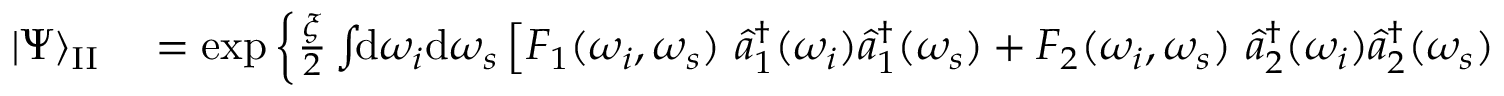
\begin{array} { r l } { | \Psi \rangle _ { \mathrm { I I } } } & { { } = \exp \left\{ \frac { \xi } { 2 } \int \! \! \mathrm { d } \omega _ { i } \mathrm { d } \omega _ { s } \left[ F _ { 1 } ( \omega _ { i } , \omega _ { s } ) \, \, \hat { a } _ { 1 } ^ { \dagger } ( \omega _ { i } ) \hat { a } _ { 1 } ^ { \dagger } ( \omega _ { s } ) + F _ { 2 } ( \omega _ { i } , \omega _ { s } ) \, \, \hat { a } _ { 2 } ^ { \dagger } ( \omega _ { i } ) \hat { a } _ { 2 } ^ { \dagger } ( \omega _ { s } ) \right] \right\} | \mathrm { v a c } \rangle } \end{array}